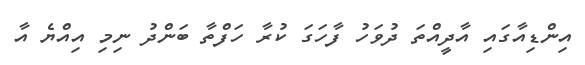
އިންޑިއާގައި އާދީއްތަ ދުވަހު ފާހަގަ ކުރާ ހަފްތާ ބަންދު ނިމި އިއްޔެ އާ